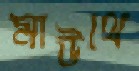
মাউথে